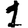
Digit: 1